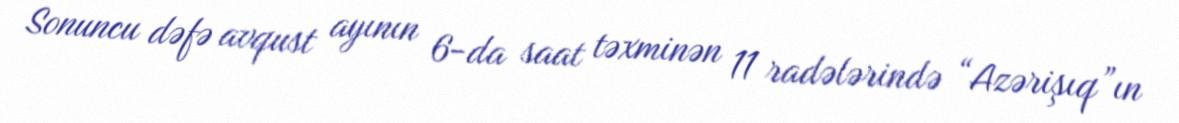
Sonuncu dəfə avqust ayının 6-da saat təxminən 11 radələrində “Azərişıq”ın